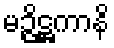
မဉ္ဇိဋ္ဌကာနိ